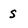
Character: s